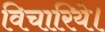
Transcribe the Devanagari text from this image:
विचारिये।